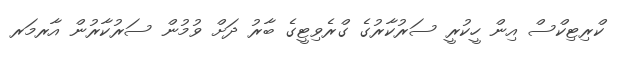
ކްރިޓިކްސް އިން ހީކުރީ ސަރުކާރުގެ ގްރެވިޓީގެ ބާރު ދަށް ވުމުން ސަރުކާރުން އާރމަރ